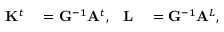
\begin{array} { r l r l } { \mathbf { K } ^ { t } } & { { } = \mathbf { G } ^ { - 1 } \mathbf { A } ^ { t } , } & { \mathbf { L } } & { { } = \mathbf { G } ^ { - 1 } \mathbf { A } ^ { L } , } \end{array}